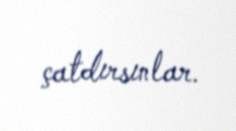
çatdırsınlar.